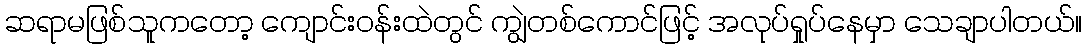
ဆရာမဖြစ်သူကတော့ ကျောင်းဝန်းထဲတွင် ကျွဲတစ်ကောင်ဖြင့် အလုပ်ရှုပ်နေမှာ သေချာပါတယ်။